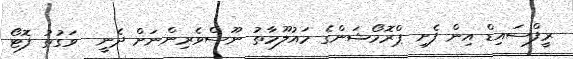
ރީފްސައިޑް އިން ފެށި ޕްރޮމޯޝަންގެ މައުލޫމާތު ނޫސްވެރިންނަށް ދެނީ  ވަގުތު ފޮޓޯ